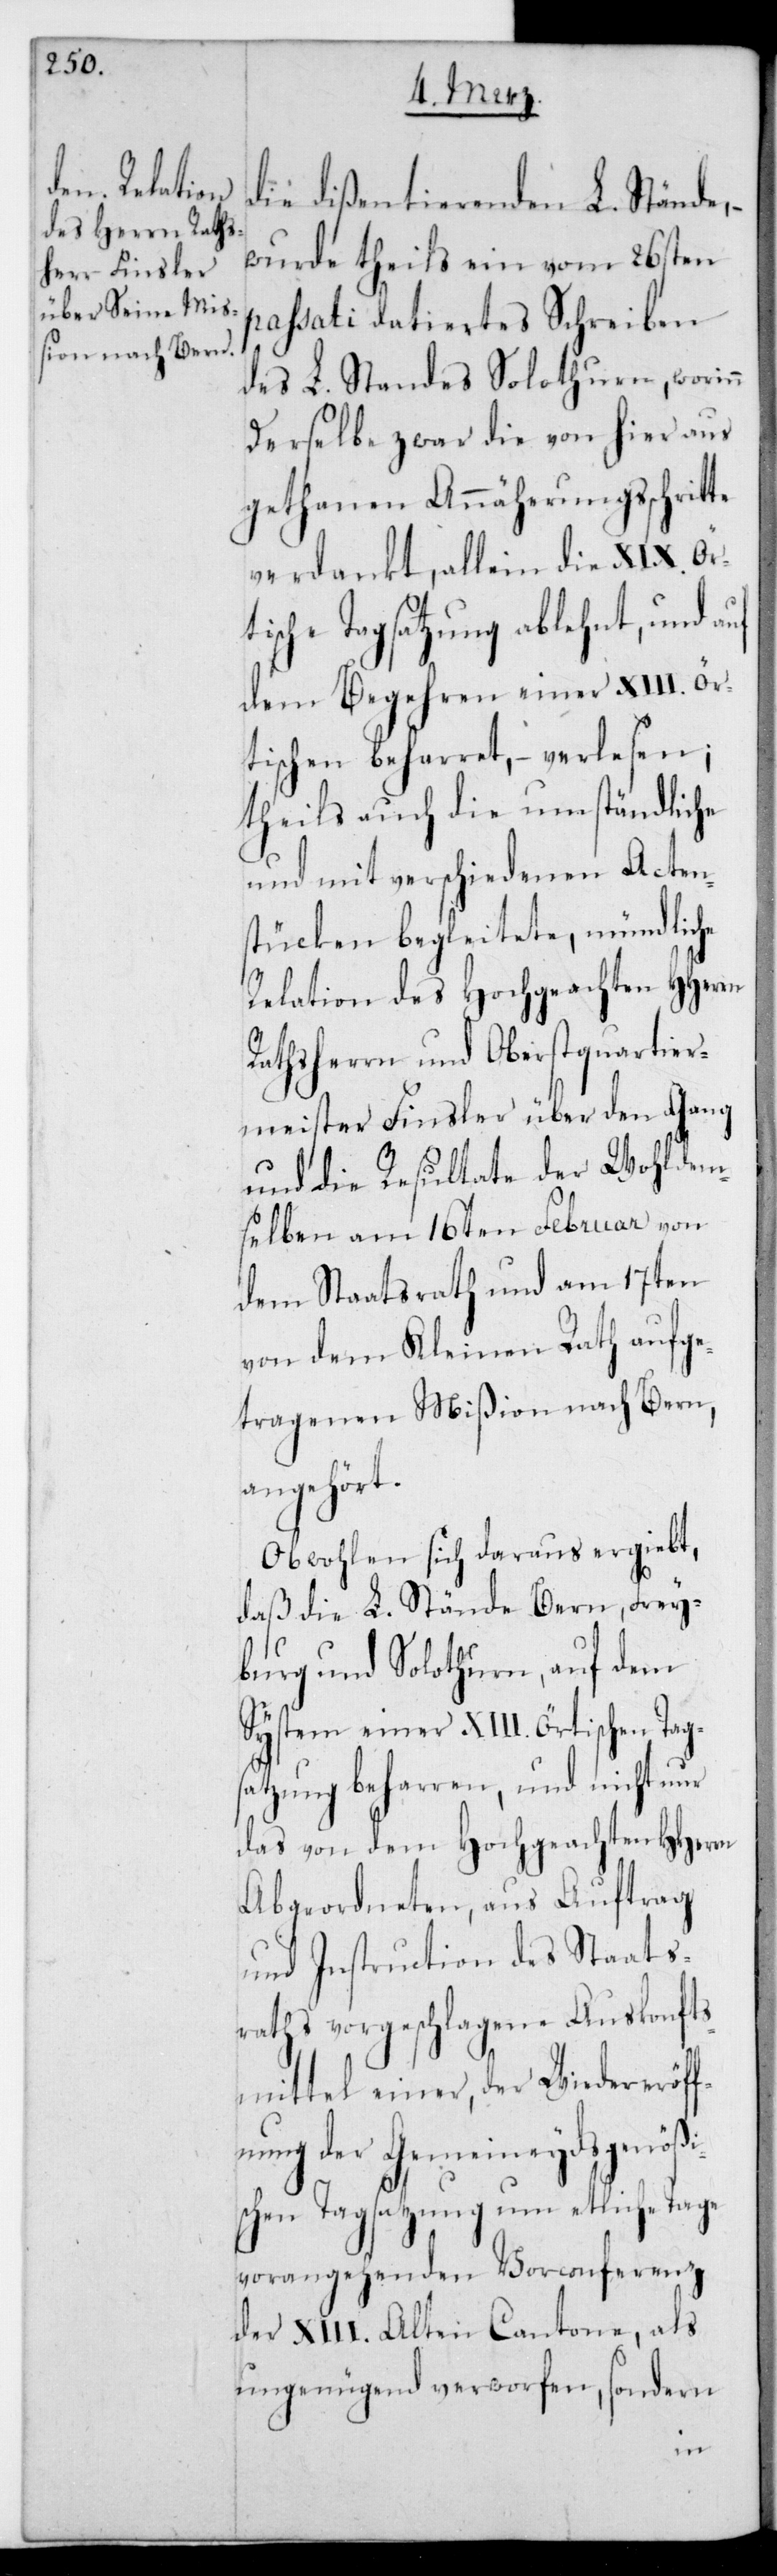
die dießentierenden L. Stände,
wurde theils ein vom 26sten
passati datiertes Schreiben
des L. Standes Solothurn, worin¬
derselbe zwar die von hier aus
gethanen Annäherungsschrit¬
verdankt, allein die XIX. Ör¬
tische Tagsatzung ablehnt, und auf
dem Begehren einer XIII. Ör¬
tischen beharret, – verlesen;
theils auch die umständliche
und mit verschiedenen Acten¬
stücken begleitete, mündliche
Relation des Hochgeachten HHerrn
Rathsherrn und Oberstquartier¬
meister Finsler über den Gang
und die Resultate der wohldem¬
selben am 16ten Februar von
dem Staatsrath und am 17ten
von dem Kleinen Rath aufge¬
tragenen Mißion nach Bern,
angehört.
Obwohlen sich daraus ergiebt,
daß die L. Stände Bern, Frey¬
burg und Solothurn, auf dem
System einer XIII. örtischen Tag¬
satzung beharren, und nicht nur
das von dem Hochgeachten HHerrn
Abgeordneten, aus Auftrag
und Instruction des Staats¬
raths vorgeschlagene Auskonfts¬
mittel einer, der Wiedereröff¬
nung der gemeineydsgenößi¬
schen Tagsatzung um etliche Tage
vorangehenden Vorconferenz
der XIII. Alten Cantone, als
ungenügend verworfen, sondern
te